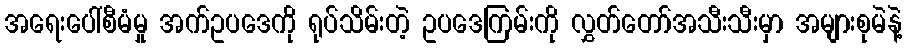
အရေးပေါ်စီမံမှု အက်ဥပဒေကို ရုပ်သိမ်းတဲ့ ဥပဒေကြမ်းကို လွှတ်တော်အသီးသီးမှာ အများစုမဲနဲ့